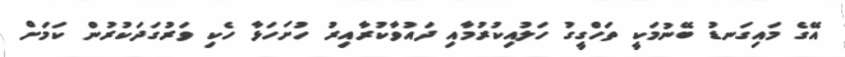
އޭގެ މައިގަނޑު ބޭނުމަކީ ތަހްގީގު ހަލުއިކުރުމާއި ދައުވާކުރާއިރު ހުށަހަޅާ ހެކި ވަރުގަދަކުރުން ކަމަށް